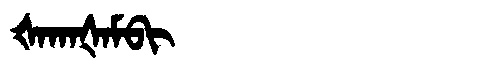
Manchu: ᡧᠠᡴᠠᡧᠠᠮᠪᡳ
Romanization: ŠAKAŠAMBI